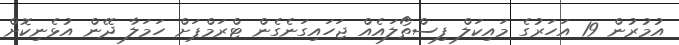
އުމުރުން 19 އަހަރުގެ މައިކަލް ފިސްތޯލައެއް ޖަހައިގަނެގެން ޓްރަމްޕަށް ހަމަލާ ދޭން އުޅެނިކޮށް